Civil Veterinary Department. United Provinces 1912-22 - 1912-1922
Year: 1912
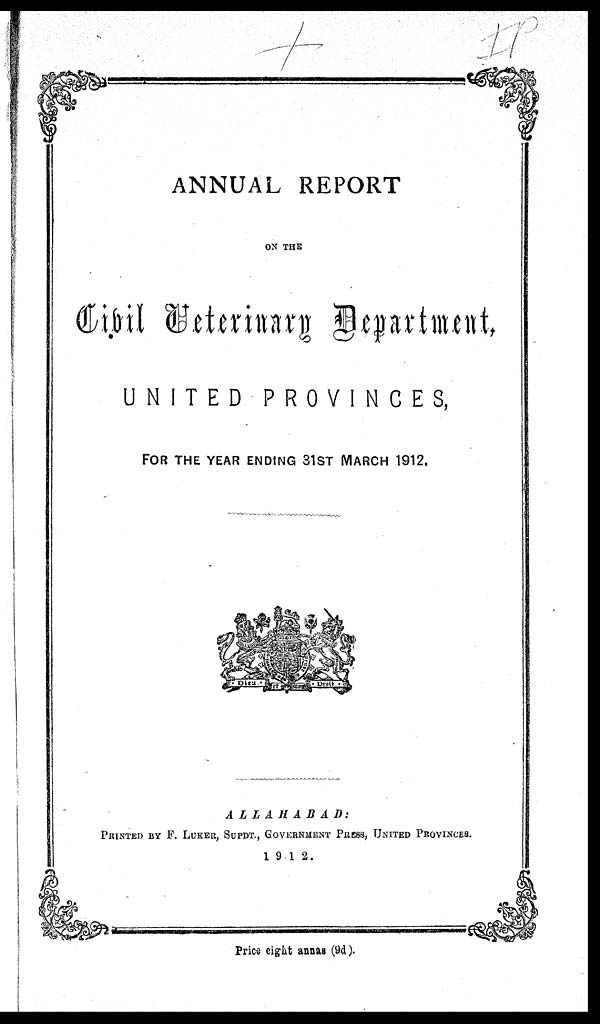
ANNUAL REPORT
ON THE
UNITED
PROVINCES,
FOR THE YEAR ENDING 31st MARCH 1912.
ALLAHABAD:
PRINTED BY F. LUKER, SUPDT., GOVERNMENT PRESS, UNITED PROVINCES.
1912.
Price eight annas (9d).